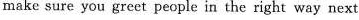
make sure you greer people in the right way next